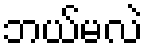
ဘယ်မလဲ